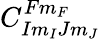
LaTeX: C_{Im_{I}Jm_{J}}^{Fm_{F}}